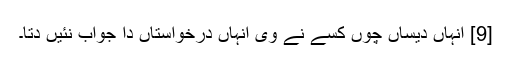
[9] انہاں دیساں چوں کسے نے وی انہاں درخواستاں دا جواب نئیں دتا۔